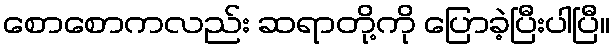
စောစောကလည်း ဆရာတို့ကို ပြောခဲ့ပြီးပါပြီ။